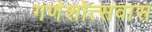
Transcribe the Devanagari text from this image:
गणेशोत्सवास